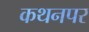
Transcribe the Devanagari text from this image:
कथनपर